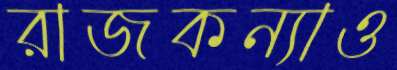
রাজকন্যাও